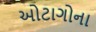
ઓટાગોના